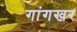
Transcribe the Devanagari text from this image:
गांगखर